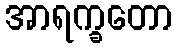
အာရက္ခတော